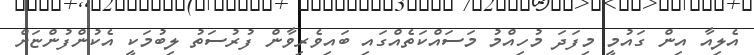
އެލިއާ އިން ގައުމީ މިފަދަ މުހިއްމު މަސައްކަތެއްގައި ބައިވެރިވާން ފުރުސަތު ލިބުމަކީ އެކުންފުންޏަށް